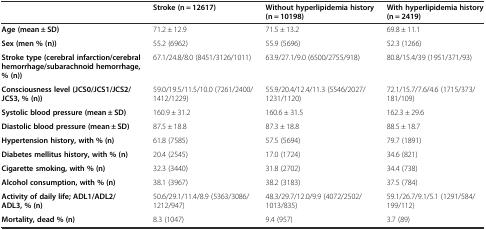
<table><thead><tr><td></td><td><b>Stroke (n = 12617)</b></td><td><b>Without hyperlipidemia history (n = 10198)</b></td><td><b>With hyperlipidemia history (n = 2419)</b></td></tr></thead><tbody><tr><td><b>Age (mean ± SD)</b></td><td>71.2 ± 12.9</td><td>71.5 ± 13.2</td><td>69.8 ± 11.1</td></tr><tr><td><b>Sex (men % (n))</b></td><td>55.2 (6962)</td><td>55.9 (5696)</td><td>52.3 (1266)</td></tr><tr><td><b>Stroke type (cerebral infarction/cerebral hemorrhage/subarachnoid hemorrhage, % (n))</b></td><td>67.1/24.8/8.0 (8451/3126/1011)</td><td>63.9/27.1/9.0 (6500/2755/918)</td><td>80.8/15.4/39 (1951/371/93)</td></tr><tr><td><b>Consciousness level (JCS0/JCS1/JCS2/JCS3, % (n))</b></td><td>59.0/19.5/11.5/10.0 (7261/2400/1412/1229)</td><td>55.9/20.4/12.4/11.3 (5546/2027/1231/1120)</td><td>72.1/15.7/7.6/4.6 (1715/373/181/109)</td></tr><tr><td><b>Systolic blood pressure (mean ± SD)</b></td><td>160.9 ± 31.2</td><td>160.6 ± 31.5</td><td>162.3 ± 29.6</td></tr><tr><td><b>Diastolic blood pressure (mean ± SD)</b></td><td>87.5 ± 18.8</td><td>87.3 ± 18.8</td><td>88.5 ± 18.7</td></tr><tr><td><b>Hypertension history, with % (n)</b></td><td>61.8 (7585)</td><td>57.5 (5694)</td><td>79.7 (1891)</td></tr><tr><td><b>Diabetes mellitus history, with % (n)</b></td><td>20.4 (2545)</td><td>17.0 (1724)</td><td>34.6 (821)</td></tr><tr><td><b>Cigarette smoking, with % (n)</b></td><td>32.3 (3440)</td><td>31.8 (2702)</td><td>34.4 (738)</td></tr><tr><td><b>Alcohol consumption, with % (n)</b></td><td>38.1 (3967)</td><td>38.2 (3183)</td><td>37.5 (784)</td></tr><tr><td><b>Activity of daily life; ADL1/ADL2/ADL3, % (n)</b></td><td>50.6/29.1/11.4/8.9 (5363/3086/1212/947)</td><td>48.3/29.7/12.0/9.9 (4072/2502/1013/835)</td><td>59.1/26.7/9.1/5.1 (1291/584/199/112)</td></tr><tr><td><b>Mortality, dead % (n)</b></td><td>8.3 (1047)</td><td>9.4 (957)</td><td>3.7 (89)</td></tr></tbody></table>